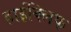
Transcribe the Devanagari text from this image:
हाईक्लिफ